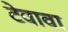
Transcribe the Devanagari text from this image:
टेवावा